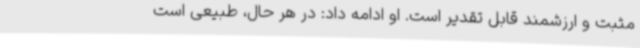
مثبت و ارزشمند قابل تقدیر است. او ادامه داد: در هر حال، طبیعی است